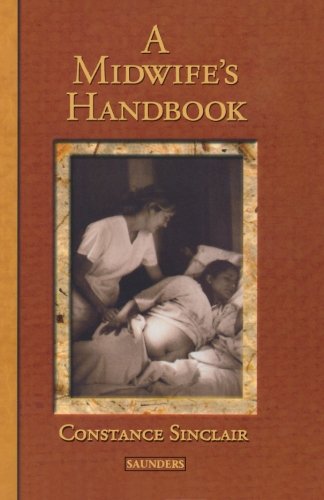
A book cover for A Midwife's Handbook; Constance Sinclair; Medical Books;